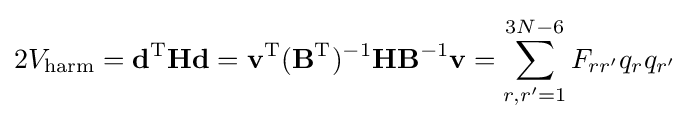
2V_{\mathrm {harm} }=\mathbf {d} ^{\mathrm {T} }\mathbf {H} \mathbf {d} =\mathbf {v} ^{\mathrm {T} }(\mathbf {B} ^{\mathrm {T} })^{-1}\mathbf {H} \mathbf {B} ^{-1}\mathbf {v} =\sum _{r,r'=1}^{3N-6}F_{rr'}q_{r}q_{r'}